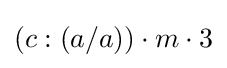
(c:(a/a))\cdot m\cdot 3